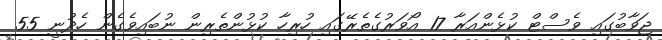
ޖަވާބުގައި ވެސްޓް ކުޅެންއަރާ 17 އޯވަރުގެތެރޭގައި ހުރިހާ ކުޅުންތެރިން ނުބައިވެގެން ހެދުނީ 55